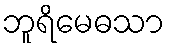
ဘူရိမေဓသာ